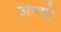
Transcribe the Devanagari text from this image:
अल्मो